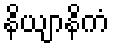
နိယျာနိကံ